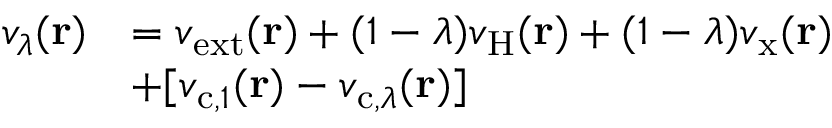
\begin{array} { r l } { v _ { \lambda } ( \mathbf { r } ) } & { = v _ { \mathrm { e x t } } ( \mathbf { r } ) + ( 1 - \lambda ) v _ { \mathrm { H } } ( \mathbf { r } ) + ( 1 - \lambda ) v _ { \mathrm { x } } ( \mathbf { r } ) } \\ & { + \lbrack v _ { \mathrm { c } , 1 } ( \mathbf { r } ) - v _ { \mathrm { c } , \lambda } ( \mathbf { r } ) \rbrack } \end{array}